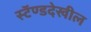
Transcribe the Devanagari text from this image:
स्टॅण्डदेखील